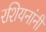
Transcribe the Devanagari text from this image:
रशियनांनी